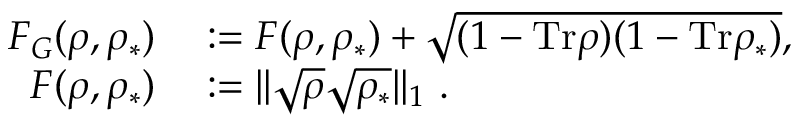
\begin{array} { r l } { F _ { G } ( \rho , \rho _ { \ast } ) } & { { } : = F ( \rho , \rho _ { \ast } ) + \sqrt { ( 1 - \mathrm { T r } \rho ) ( 1 - \mathrm { T r } \rho _ { \ast } ) } , } \\ { F ( \rho , \rho _ { \ast } ) } & { { } : = | | \sqrt { \rho } \sqrt { \rho _ { \ast } } | | _ { 1 } ~ . } \end{array}